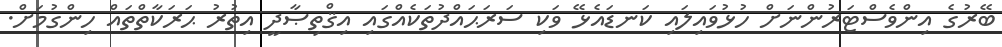
ބޭރުގެ އިންވެސްޓަރުންނަށް ހުޅުވައިލައި ކަނޑައެޅޭ ވަކި ސަރަޙައްދުތަކެއްގައި އިޤްތިޞާދީ އިތުރު ޙަރަކާތްތައް ހިންގުމަށް.